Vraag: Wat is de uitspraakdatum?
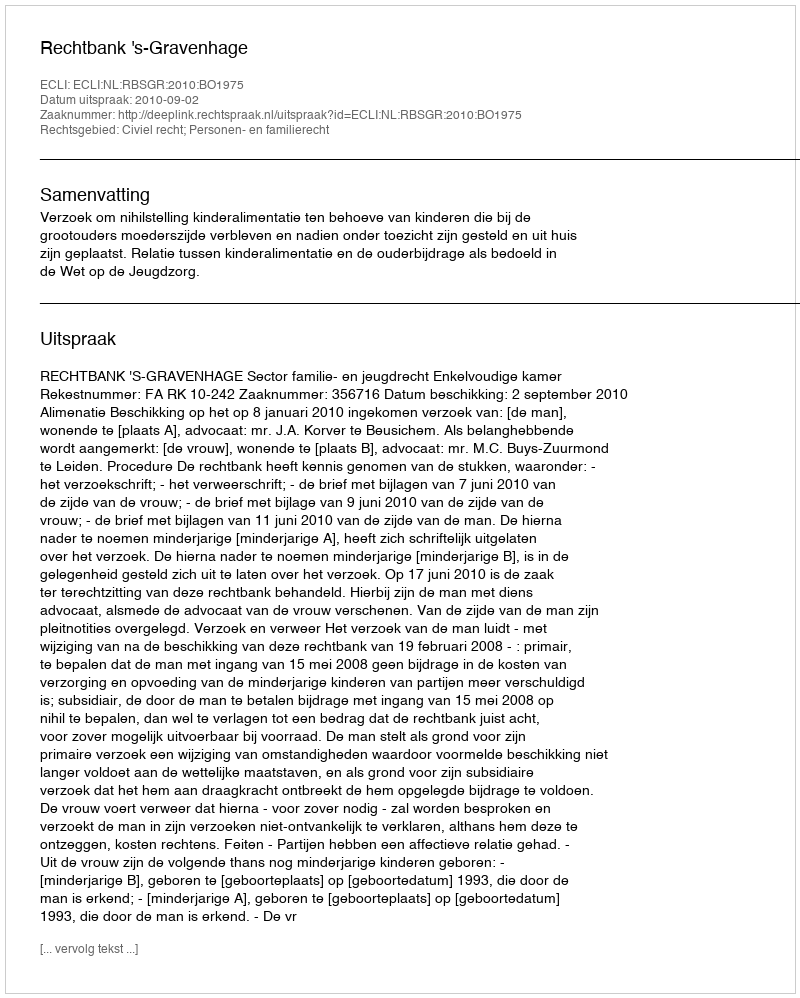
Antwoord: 2010-09-02